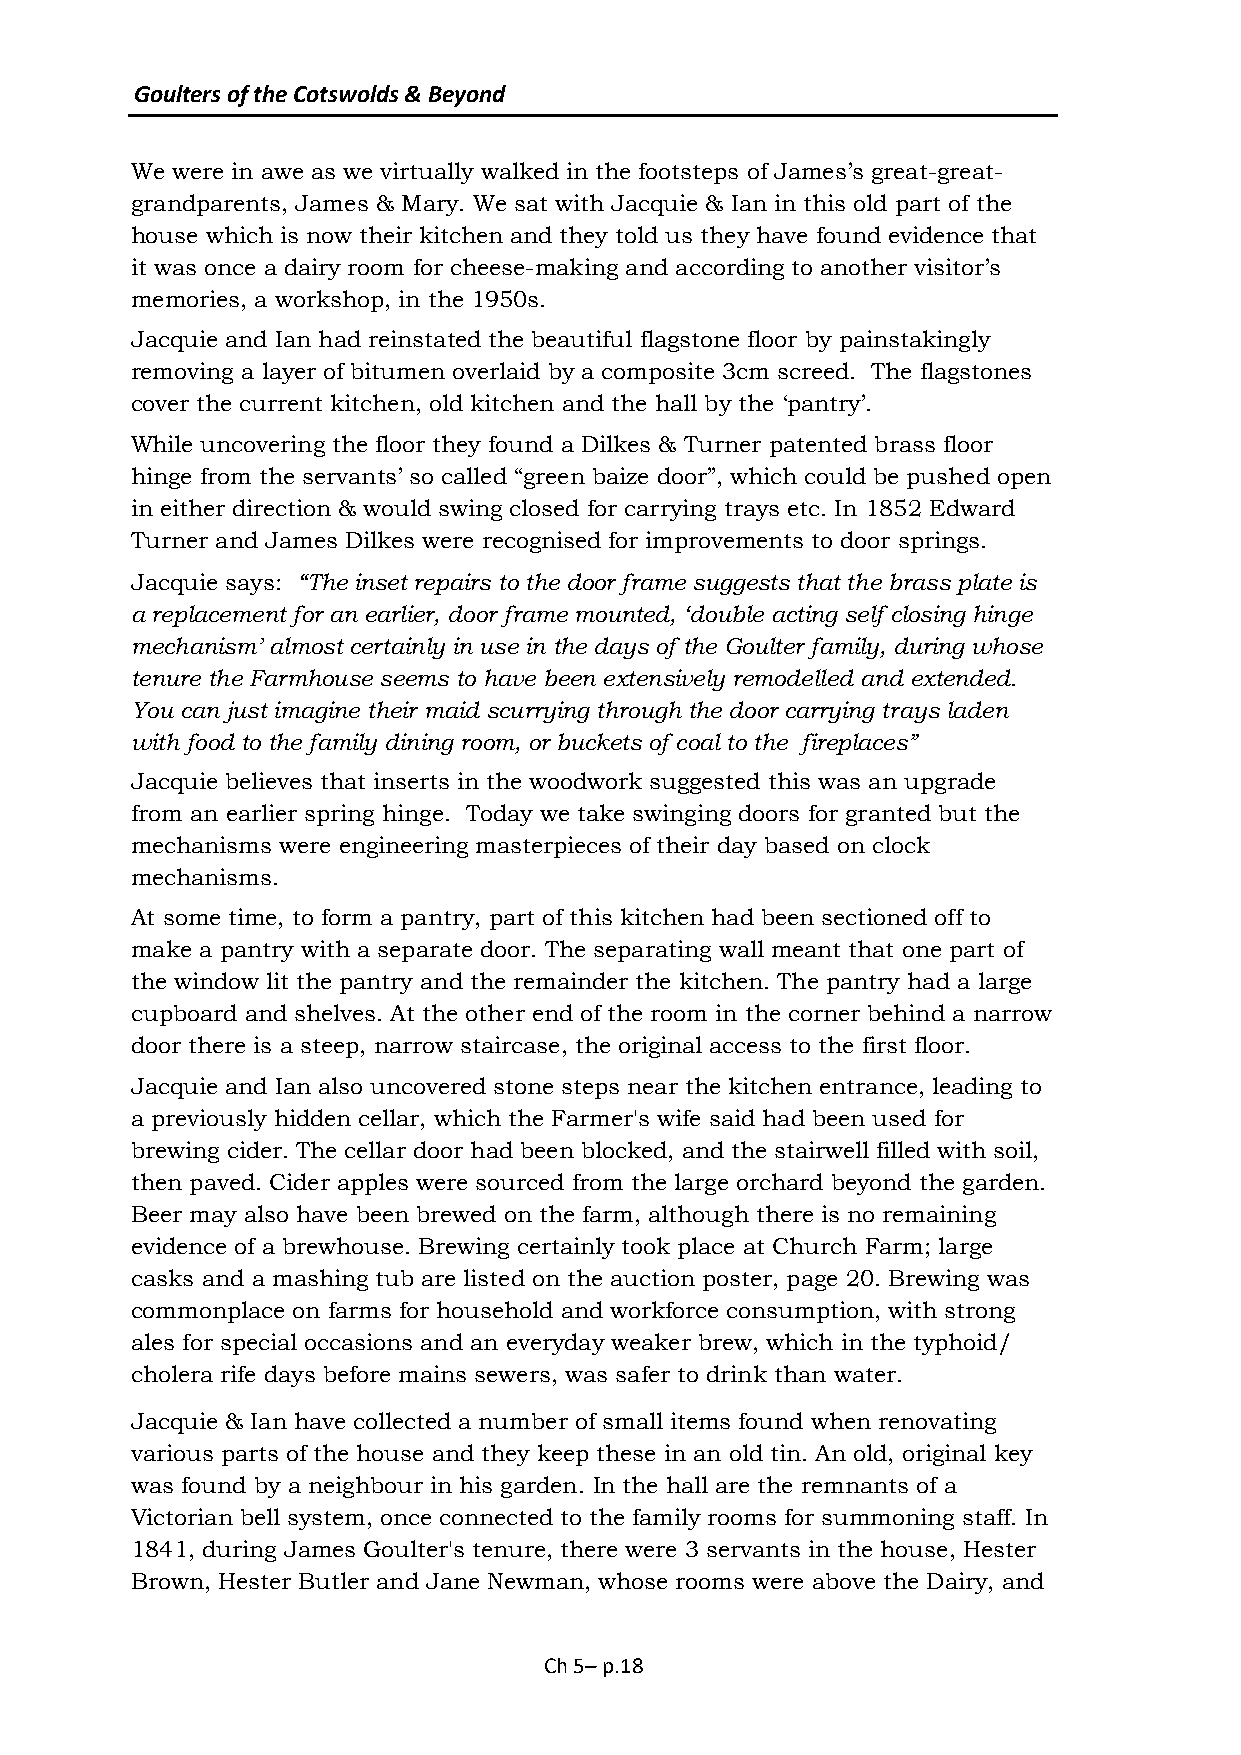
Goulters of the Cotswolds & Beyond
 We were in awe as we virtually walked in the footsteps of James’s great-great-
 grandparents, James & Mary. We sat with Jacquie & Ian in this old part of the
 house which is now their kitchen and they told us they have found evidence that
 it was once a dairy room for cheese-making and according to another visitor’s
 memories, a workshop, in the 1950s.
 Jacquie and Ian had reinstated the beautiful flagstone floor by painstakingly
 removing a layer of bitumen overlaid by a composite 3cm screed. The flagstones
 cover the current kitchen, old kitchen and the hall by the ‘pantry’.
 While uncovering the floor they found a Dilkes & Turner patented brass floor
 hinge from the servants’ so called “green baize door”, which could be pushed open
 in either direction & would swing closed for carrying trays etc. In 1852 Edward
 Turner and James Dilkes were recognised for improvements to door springs.
 Jacquie says: “The inset repairs to the door frame suggests that the brass plate is
 a replacement for an earlier, door frame mounted, ‘double acting self closing hinge
 mechanism’ almost certainly in use in the days of the Goulter family, during whose
 tenure the Farmhouse seems to have been extensively remodelled and extended.
 You can just imagine their maid scurrying through the door carrying trays laden
 with food to the family dining room, or buckets of coal to the fireplaces”
 Jacquie believes that inserts in the woodwork suggested this was an upgrade
 from an earlier spring hinge. Today we take swinging doors for granted but the
 mechanisms were engineering masterpieces of their day based on clock
 mechanisms.
 At some time, to form a pantry, part of this kitchen had been sectioned off to
 make a pantry with a separate door. The separating wall meant that one part of
 the window lit the pantry and the remainder the kitchen. The pantry had a large
 cupboard and shelves. At the other end of the room in the corner behind a narrow
 door there is a steep, narrow staircase, the original access to the first floor.
 Jacquie and Ian also uncovered stone steps near the kitchen entrance, leading to
 a previously hidden cellar, which the Farmer's wife said had been used for
 brewing cider. The cellar door had been blocked, and the stairwell filled with soil,
 then paved. Cider apples were sourced from the large orchard beyond the garden.
 Beer may also have been brewed on the farm, although there is no remaining
 evidence of a brewhouse. Brewing certainly took place at Church Farm; large
 casks and a mashing tub are listed on the auction poster, page 20. Brewing was
 commonplace on farms for household and workforce consumption, with strong
 ales for special occasions and an everyday weaker brew, which in the typhoid/
 cholera rife days before mains sewers, was safer to drink than water.
 Jacquie & Ian have collected a number of small items found when renovating
 various parts of the house and they keep these in an old tin. An old, original key
 was found by a neighbour in his garden. In the hall are the remnants of a
 Victorian bell system, once connected to the family rooms for summoning staff. In
 1841, during James Goulter's tenure, there were 3 servants in the house, Hester
 Brown, Hester Butler and Jane Newman, whose rooms were above the Dairy, and
 Ch 5– p.18